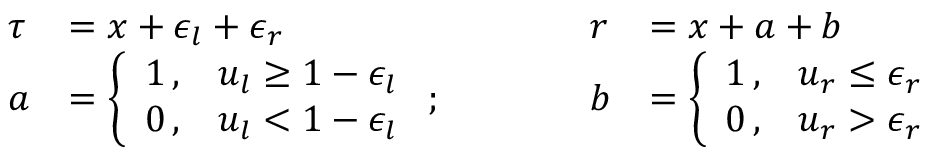
\begin{array} { l l l l } { \tau } & { = x + \epsilon _ { l } + \epsilon _ { r } } & { r } & { = x + a + b } \\ { a } & { = \left\{ \begin{array} { l l } { 1 \, , } & { u _ { l } \geq 1 - \epsilon _ { l } } \\ { 0 \, , } & { u _ { l } < 1 - \epsilon _ { l } } \end{array} \right. ; \quad \quad \quad } & { b } & { = \left\{ \begin{array} { l l } { 1 \, , } & { u _ { r } \leq \epsilon _ { r } } \\ { 0 \, , } & { u _ { r } > \epsilon _ { r } } \end{array} \right. } \end{array}